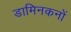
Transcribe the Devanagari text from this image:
डामिनकनों